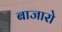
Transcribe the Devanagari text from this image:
बाजारो